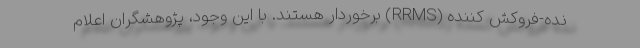
نده-فروکش کننده (RRMS) برخوردار هستند. با این وجود، پژوهشگران اعلام